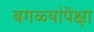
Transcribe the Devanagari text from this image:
बगळ्यांपेक्षा